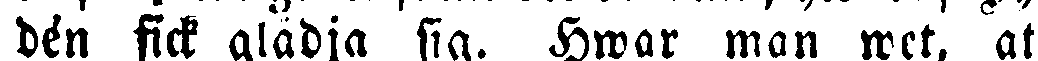
den fick glädja sig. Hwar man wet, att